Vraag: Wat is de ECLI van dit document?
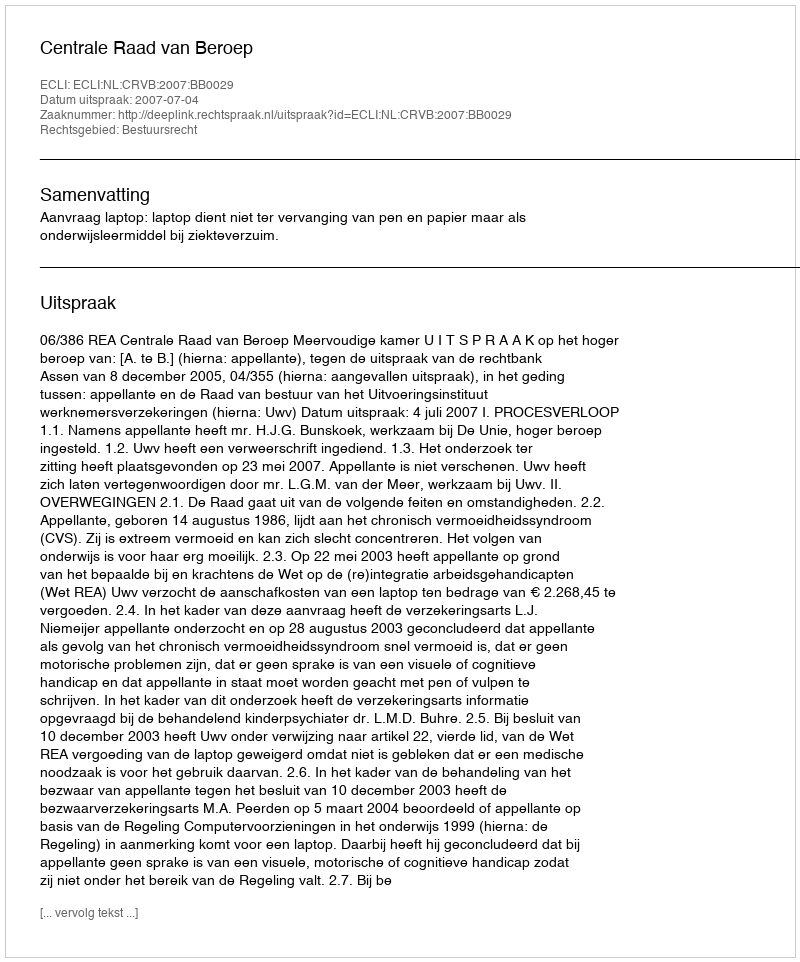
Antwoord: ECLI:NL:CRVB:2007:BB0029